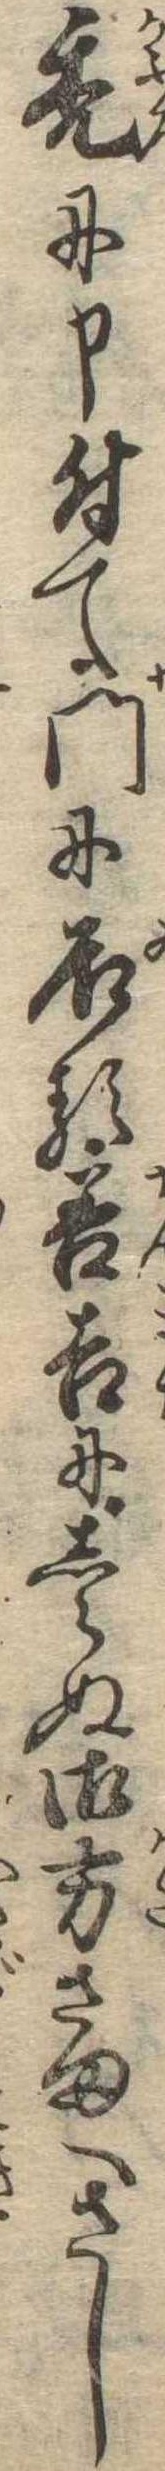
禿に申付て門に居る善吉にしらぬ御方さまへさし